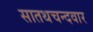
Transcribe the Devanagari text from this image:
सातथचन्दवार